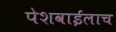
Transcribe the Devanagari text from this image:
पेशवाईलाच